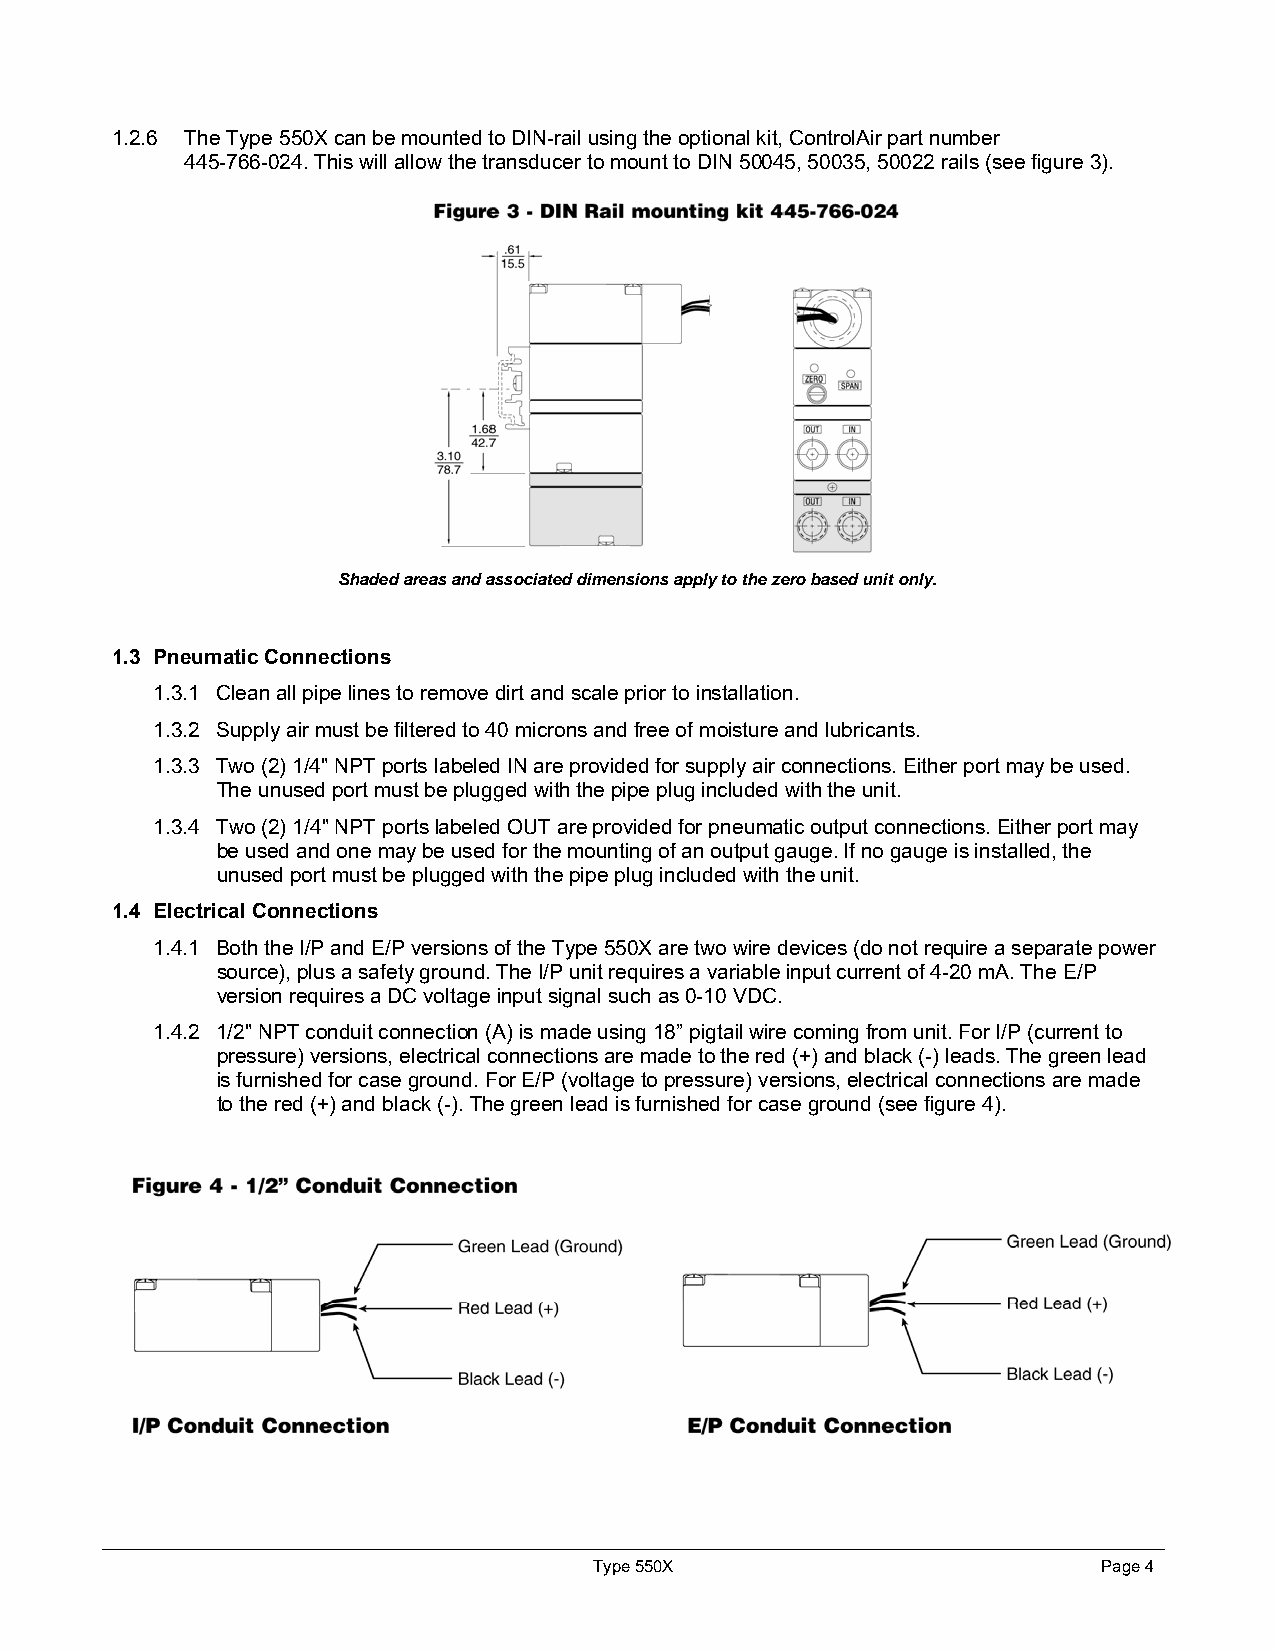
1.2.6 The Type 550X can be mounted to DIN-rail using the optional kit, ControlAir part number
 445-766-024. This will allow the transducer to mount to DIN 50045, 50035, 50022 rails (see figure 3).
 Shaded areas and associated dimensions apply to the zero based unit only.
 1.3 Pneumatic Connections
 1.3.1 Clean all pipe lines to remove dirt and scale prior to installation.
 1.3.2 Supply air must be filtered to 40 microns and free of moisture and lubricants.
 1.3.3 Two (2) 1/4" NPT ports labeled IN are provided for supply air connections. Either port may be used.
 The unused port must be plugged with the pipe plug included with the unit.
 1.3.4 Two (2) 1/4" NPT ports labeled OUT are provided for pneumatic output connections. Either port may
 be used and one may be used for the mounting of an output gauge. If no gauge is installed, the
 unused port must be plugged with the pipe plug included with the unit.
 1.4 Electrical Connections
 1.4.1 Both the I/P and E/P versions of the Type 550X are two wire devices (do not require a separate power
 source), plus a safety ground. The I/P unit requires a variable input current of 4-20 mA. The E/P
 version requires a DC voltage input signal such as 0-10 VDC.
 1.4.2 1/2" NPT conduit connection (A) is made using 18” pigtail wire coming from unit. For I/P (current to
 pressure) versions, electrical connections are made to the red (+) and black (-) leads. The green lead
 is furnished for case ground. For E/P (voltage to pressure) versions, electrical connections are made
 to the red (+) and black (-). The green lead is furnished for case ground (see figure 4).
 Type 550X                         Page 4